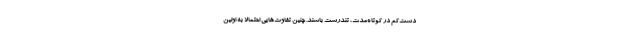
دست‌کم در کوتاه‌مدت، تندرست باشند. چنین تفاوت‌هایی احتمالاً به اولین